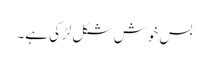
بس خوش شکل لڑکی ہے۔